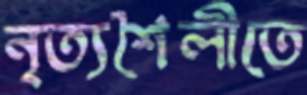
নৃত্যশৈলীতে